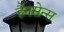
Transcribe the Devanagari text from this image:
हैनसेन्स